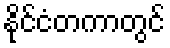
နိုင်ငံတကာတွင်